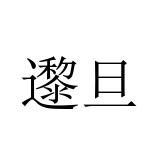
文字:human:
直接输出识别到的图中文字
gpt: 邌旦